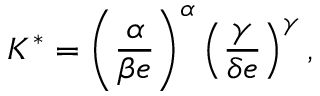
K ^ { * } = \left( { \frac { \alpha } { \beta e } } \right) ^ { \alpha } \left( { \frac { \gamma } { \delta e } } \right) ^ { \gamma } ,